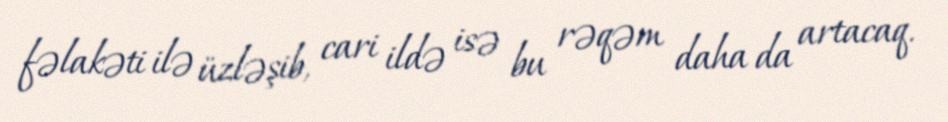
fəlakəti ilə üzləşib, cari ildə isə bu rəqəm daha da artacaq.